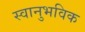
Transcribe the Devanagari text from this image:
स्वानुभविक